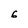
Character: 6